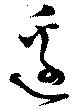
邊